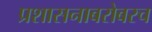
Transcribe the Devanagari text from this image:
प्रशासनाबरोबरच